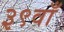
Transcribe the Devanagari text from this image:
३९वाँ